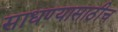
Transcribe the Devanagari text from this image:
साधण्यासाठीच